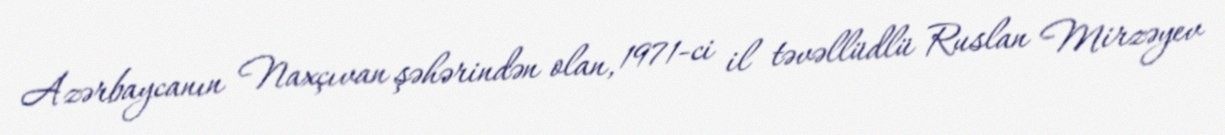
Azərbaycanın Naxçıvan şəhərindən olan, 1971-ci il təvəllüdlü Ruslan Mirzəyev